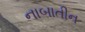
નાબાતીન